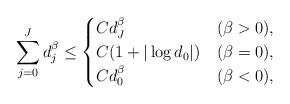
LaTeX: \begin{align*} \sum_{j=0}^J d_j^{\beta} \le \begin{cases} Cd_J^\beta & (\beta>0), \\ C(1 + |\log d_0|) & (\beta = 0), \\ Cd_0^\beta & (\beta<0), \end{cases}\end{align*}